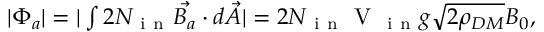
\begin{array} { r } { | \Phi _ { a } | = | \int 2 N _ { \mathrm { ~ i ~ n ~ } } \vec { B _ { a } } \cdot { d \vec { A } } | = 2 N _ { \mathrm { ~ i ~ n ~ } } \mathrm { ~ V ~ } _ { \mathrm { ~ i ~ n ~ } } g \sqrt { 2 \rho _ { D M } } B _ { 0 } , } \end{array}